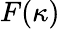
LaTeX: F(\kappa)